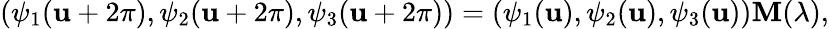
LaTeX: (\psi_{1}(\mathbf{u}+2\pi),\psi_{2}(\mathbf{u}+2\pi),\psi_{3}(\mathbf{u}+2\pi))=(\psi_{1}(\mathbf{u}),\psi_{2}(\mathbf{u}),\psi_{3}(\mathbf{u})){\mathbf{M}}(\lambda),